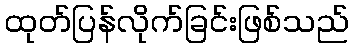
ထုတ်ပြန်လိုက်ခြင်းဖြစ်သည်